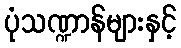
ပုံသဏ္ဍာန်များနှင့်